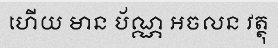
ហើយ មាន ប័ណ្ណ អចលន វត្ថុ